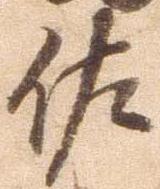
佐